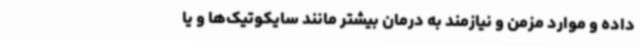
داده و موارد مزمن و نیازمند به درمان بیشتر مانند سایکوتیک‌ها و یا